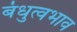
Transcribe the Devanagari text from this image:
बंधुत्वभाव